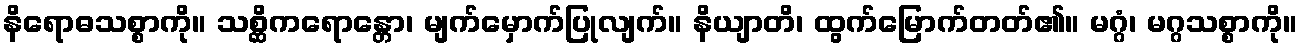
နိရောဓသစ္စာကို။ သစ္ဆိကရောန္တော၊ မျက်မှောက်ပြုလျက်။ နိယျာတိ၊ ထွက်မြောက်တတ်၏။ မဂ္ဂံ၊ မဂ္ဂသစ္စာကို။